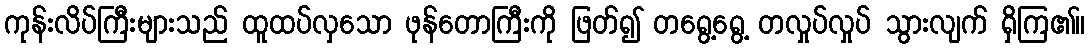
ကုန်းလိပ်ကြီးများသည် ထူထပ်လှသော ဖုန်တောကြီးကို ဖြတ်၍ တရွေ့ရွေ့ တလှုပ်လှုပ် သွားလျက် ရှိကြ၏။